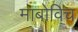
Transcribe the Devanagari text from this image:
माबोविच